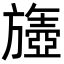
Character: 𬀘